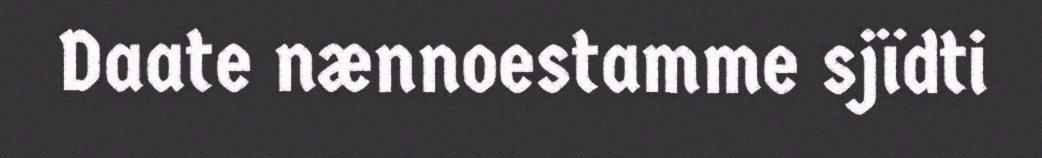
Daate nænnoestamme sjïdti